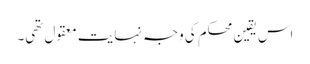
اس یقین محکم کی وجہ نہایت معقول تھی۔